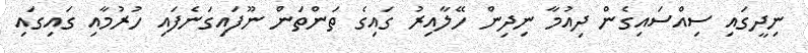
ނިދީގައި ސިއްސައިގެން ދިއުމާ ނިދިން ހޭލާއިރު ގައިގެ ތަންތަން ނޫފައިގަނެފައި ހުރުމާއި ގައިގައި